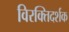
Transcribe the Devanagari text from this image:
विरक्तिदर्शक